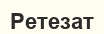
Ретезат